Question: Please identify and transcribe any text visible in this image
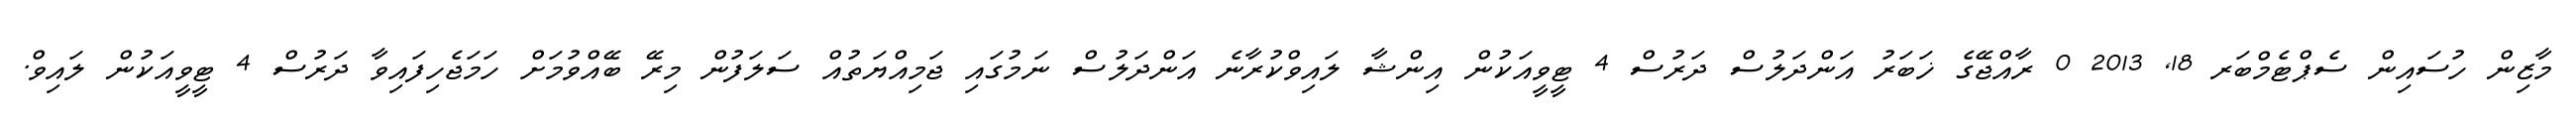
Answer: މާޒިން ހުސައިން ސެޕްޓެމްބަރ 18, 2013 0 ރާއްޖޭގެ ޚަބަރު އަންދަލުސް ދަރުސް 4 ޓީވީއަކުން އިންޝާ ލައިވްކުރާނެ އަންދަލުސް ނަމުގައި ޖަމިއްޔަތުއް ސަލަފުން މިރޭ ބޭއްވުމަށް ހަމަޖެހިފައިވާ ދަރުސް 4 ޓީވީއަކުން ލައިވް.